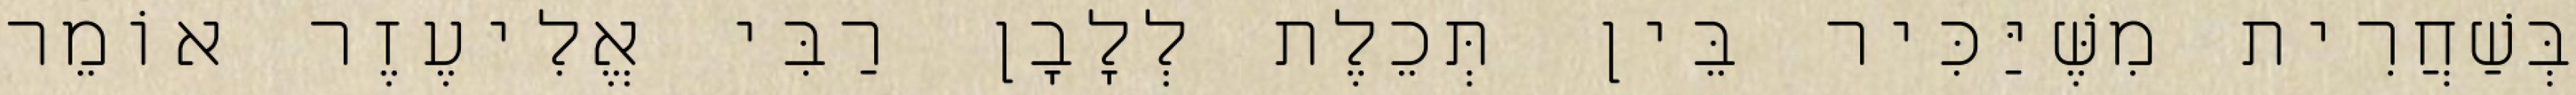
בְּשַׁחֲרִית מִשֶּׁיַּכִּיר בֵּין תְּכֵלֶת לְלָבָן רַבִּי אֱלִיעֶזֶר אוֹמֵר